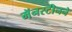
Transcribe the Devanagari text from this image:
मॅनस्टीनने